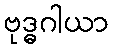
ဗုဒ္ဓဂါယာ